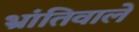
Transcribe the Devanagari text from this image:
भ्रांतिवाले